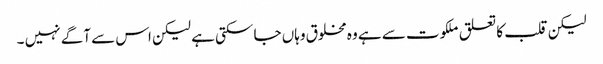
لیکن قلب کا تعلق ملکوت سے ہے وہ مخلوق وہاں جا سکتی ہے لیکن اس سے آگے نہیں ۔